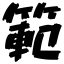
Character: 範